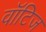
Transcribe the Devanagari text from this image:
वॉटिज